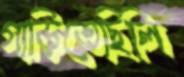
গাড়িতেছিলি